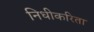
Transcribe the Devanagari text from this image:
निधीकरिता